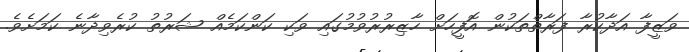
ވަޒީފާ އަދާކުރާ ފަރާތްތަކުން އޮފީހަށް ހާޒިރުރުވުމުގައި ވަކި ކަންކަމެއް ޝަރުތު ކުރެވިދާނެ ކަމަށެވެ.